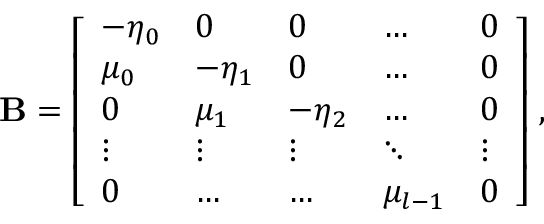
\mathbf { B } = \left[ \begin{array} { l l l l l } { - \eta _ { 0 } } & { 0 } & { 0 } & { \dots } & { 0 } \\ { \mu _ { 0 } } & { - \eta _ { 1 } } & { 0 } & { \dots } & { 0 } \\ { 0 } & { \mu _ { 1 } } & { - \eta _ { 2 } } & { \dots } & { 0 } \\ { \vdots } & { \vdots } & { \vdots } & { \ddots } & { \vdots } \\ { 0 } & { \dots } & { \dots } & { \mu _ { l - 1 } } & { 0 } \end{array} \right] \, ,